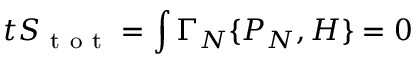
\d _ { t } S _ { \mathrm { ~ t ~ o ~ t ~ } } = \int \d \Gamma _ { N } \{ P _ { N } , H \} = 0